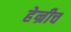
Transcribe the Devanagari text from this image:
हेन्रीच